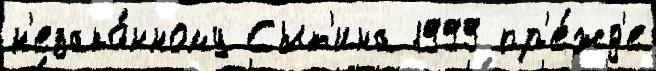
н'езако́нному Сыт'ина 1999 пр'е́жд'е